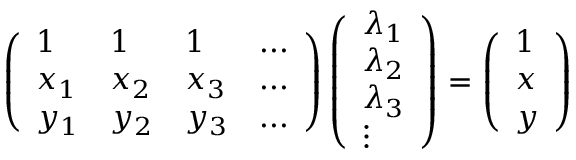
\left( { \begin{array} { l l l l } { 1 } & { 1 } & { 1 } & { . . . } \\ { x _ { 1 } } & { x _ { 2 } } & { x _ { 3 } } & { . . . } \\ { y _ { 1 } } & { y _ { 2 } } & { y _ { 3 } } & { . . . } \end{array} } \right) { \left( \begin{array} { l } { \lambda _ { 1 } } \\ { \lambda _ { 2 } } \\ { \lambda _ { 3 } } \\ { \vdots } \end{array} \right) } = \left( { \begin{array} { l } { 1 } \\ { x } \\ { y } \end{array} } \right)